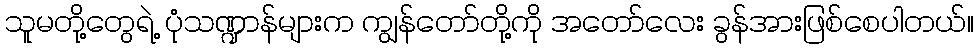
သူမတို့တွေရဲ့ ပုံသဏ္ဍာန်များက ကျွန်တော်တို့ကို အတော်လေး ခွန်အားဖြစ်စေပါတယ်။